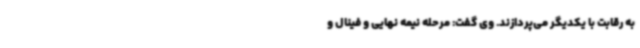
به رقابت با یکدیگر می‌پردازند. وی گفت: مرحله نیمه نهایی و فینال و